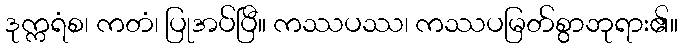
ဒုက္ကရံစ၊ ကတံ၊ ပြုအပ်ပြီ။ ကဿပဿ၊ ကဿပမြတ်စွာဘုရား၏။